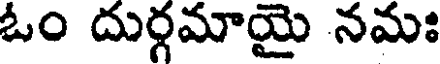
ఓం దుర్గమాయై నమః